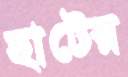
হাটের